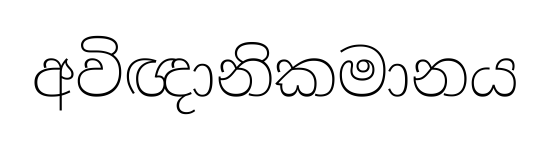
අවිඥානිකමානය